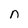
Character: n